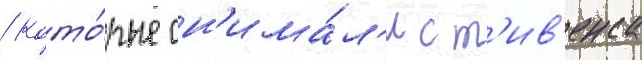
/ кото́рые сн'има́л'и ст'ив'енса